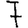
Digit: 7